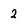
Character: 2